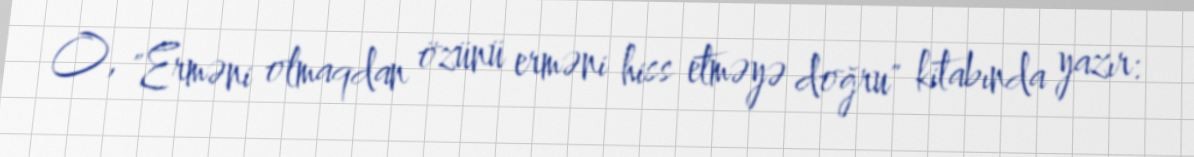
O, "Erməni olmaqdan özünü erməni hiss etməyə doğru" kitabında yazır: